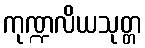
ကုဏ္ဍလိယသုတ္တ